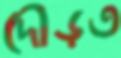
দৌড়ত